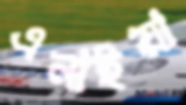
এনাইয়া